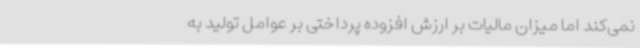
نمی‌کند اما میزان مالیات بر ارزش افزوده پرداختی بر عوامل تولید به